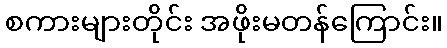
စကားများတိုင်း အဖိုးမတန်ကြောင်း။